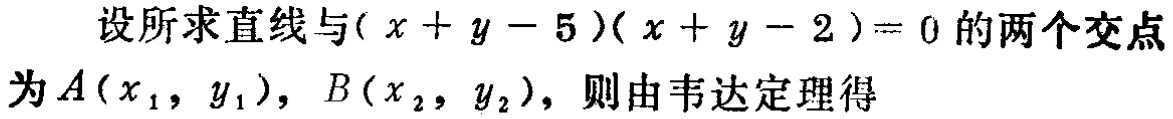
设所求直线与\((x + y - 5)(x + y - 2)=0\)的两个交点为\(A(x_1,y_1)\)，\(B(x_2,y_2)\)，则由韦达定理得